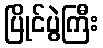
ပြိုင်ပွဲကြီး